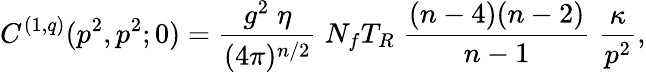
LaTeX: C^{(1,q)}(p^{2},p^{2};0)=\frac{g^{2}\; \eta}{(4\pi)^{n/2}}\; N_{f}T_{R}\; \frac{(n-4)(n-2)}{n-1}\; \frac{\kappa}{p^{2}},